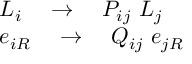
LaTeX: \begin{array} { l } { { L _ { i } \quad \rightarrow \quad P _ { i j } \ L _ { j } } } \\ { { e _ { i R } \quad \rightarrow \quad Q _ { i j } \ e _ { j R } } } \end{array} \quad